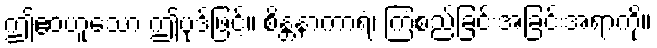
ဤဧဝဟူသော ဤပုဒ်ဖြင့်။ စိန္တနာကာရံ၊ ကြံစည်ခြင်းအခြင်းအရာကို။